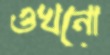
ওখনো